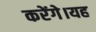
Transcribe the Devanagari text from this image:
करेंगे।यह